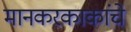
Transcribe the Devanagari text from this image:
मानकरकाकांचे